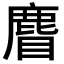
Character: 𪊣